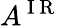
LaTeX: A^{\mathrm{~I~R~}}